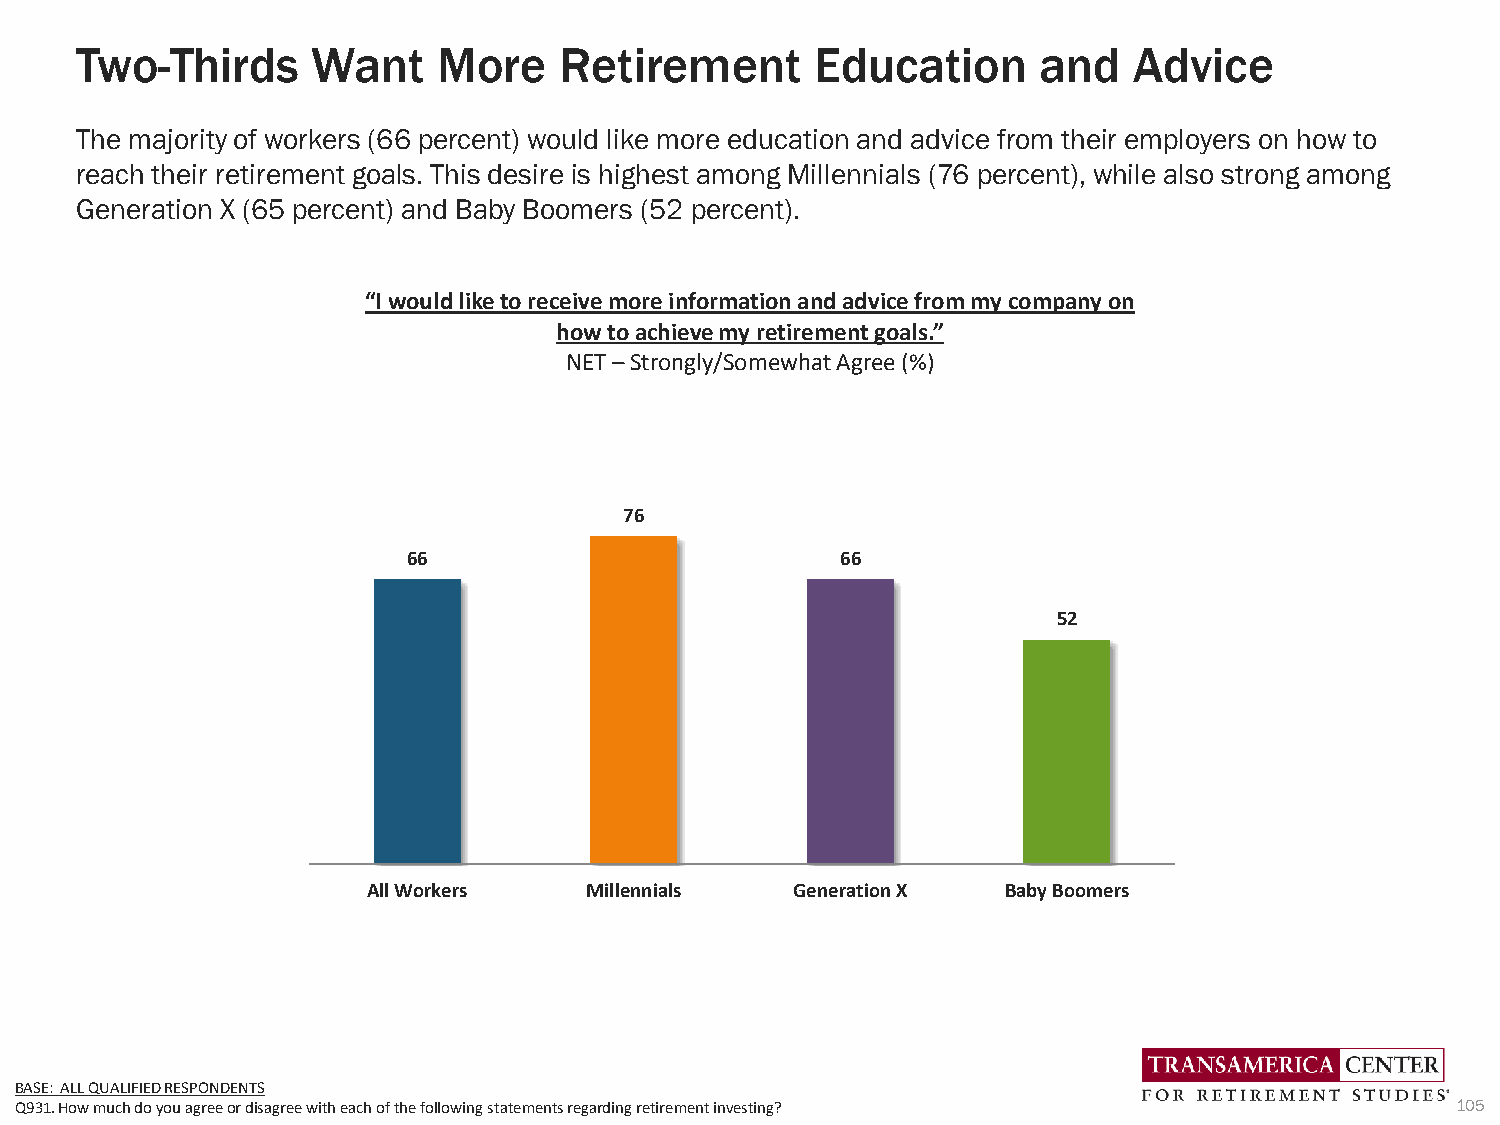
Two-Thirds      Want    More    Retirement       Education      and   Advice
 The majority of workers (66 percent) would like more education and advice from their employers on how to
 reach their retirement goals. This desire is highest among Millennials (76 percent), while also strong among
 Generation X (65 percent) and Baby Boomers (52 percent).
 “I would like to receive more information and advice from my company on
 how to achieve my retirement goals.”
 NET –Strongly/Somewhat Agree (%)
 76
 66                           66
 52
 All Workers    Millennials   Generation X  Baby Boomers
 BASE: ALL QUALIFIED RESPONDENTS
 Q931. How much do you agree or disagree with each of the following statements regarding retirement investing? 105